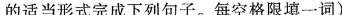
的话当形式完成下列句子.每空格限填一词)